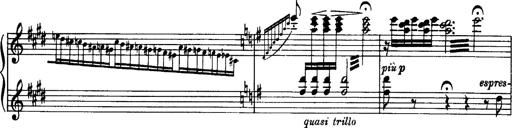
Title: OuvertÃ¼re zu TannhÃ¤user
Composer: Franz Liszt